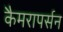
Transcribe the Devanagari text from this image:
कैमरापर्सन